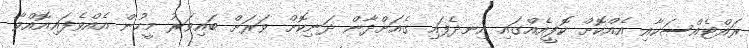
ރައްޓެއްސަކާއި އެއްކޮށް ކޮފީއެއްގައި އިނދެފައި ގެއަށްދާން ދަނިކޮށް ވަރަށް ބައިވަރު މީހުން އެއްވެފައިއޮއްވާ